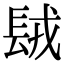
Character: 𨱿